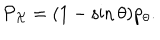
LaTeX: { \cal P } _ { \cal X } = ( 1 - \sin \theta ) p _ { \theta } .